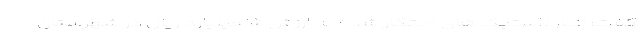
گفت: انبار لاستیک های احتکار شده به ارزش ۱۵ میلیارد ریال در شهرستان